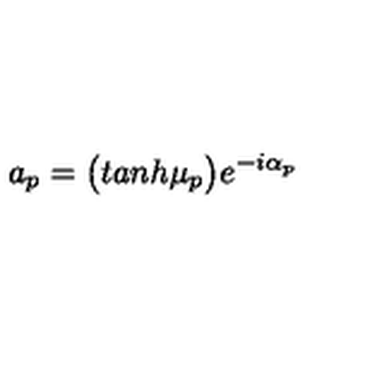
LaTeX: a _ { p } = \bigl ( t a n h \mu _ { p } \bigr ) e ^ { - i \alpha _ { p } }